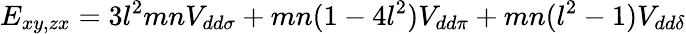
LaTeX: E_{xy,zx}=3l^{2}mnV_{dd\sigma}+mn(1-4l^{2})V_{dd\pi}+mn(l^{2}-1)V_{dd\delta}